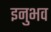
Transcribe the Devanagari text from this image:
इनुभव